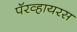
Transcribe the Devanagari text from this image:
पॅरव्हायरस